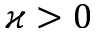
\varkappa > 0